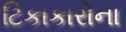
ટિકાકારોના